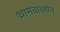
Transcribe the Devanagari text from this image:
थ्रामबाक्सेन